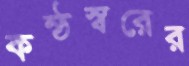
কন্ঠস্বরের